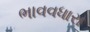
ભાવવધારા